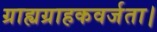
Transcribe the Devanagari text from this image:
ग्राह्यग्राहकवर्जता।